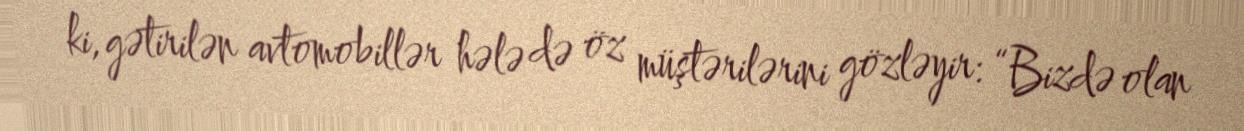
ki, gətirilən avtomobillər hələ də öz müştərilərini gözləyir: “Bizdə olan